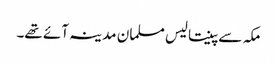
مکہ سے پینتالیس مسلمان مدینہ آئے تھے۔